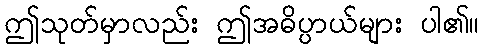
ဤသုတ်မှာလည်း ဤအဓိပ္ပာယ်များ ပါ၏။